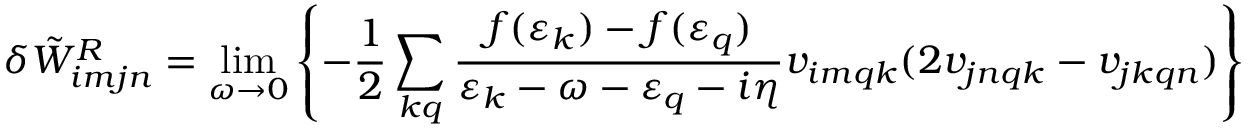
\delta \tilde { W } _ { i m j n } ^ { R } = \operatorname* { l i m } _ { \omega \to 0 } \left\{ - \frac { 1 } { 2 } \sum _ { k q } \frac { f ( \varepsilon _ { k } ) - f ( \varepsilon _ { q } ) } { \varepsilon _ { k } - \omega - \varepsilon _ { q } - i \eta } v _ { i m q k } ( 2 v _ { j n q k } - v _ { j k q n } ) \right\}